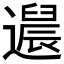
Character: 𬩚